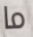
ما